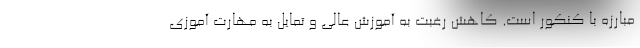
مبارزه با کنکور است. کاهش رغبت به آموزش عالی و تمایل به مهارت آموزی